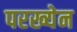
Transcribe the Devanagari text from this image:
परख्येन